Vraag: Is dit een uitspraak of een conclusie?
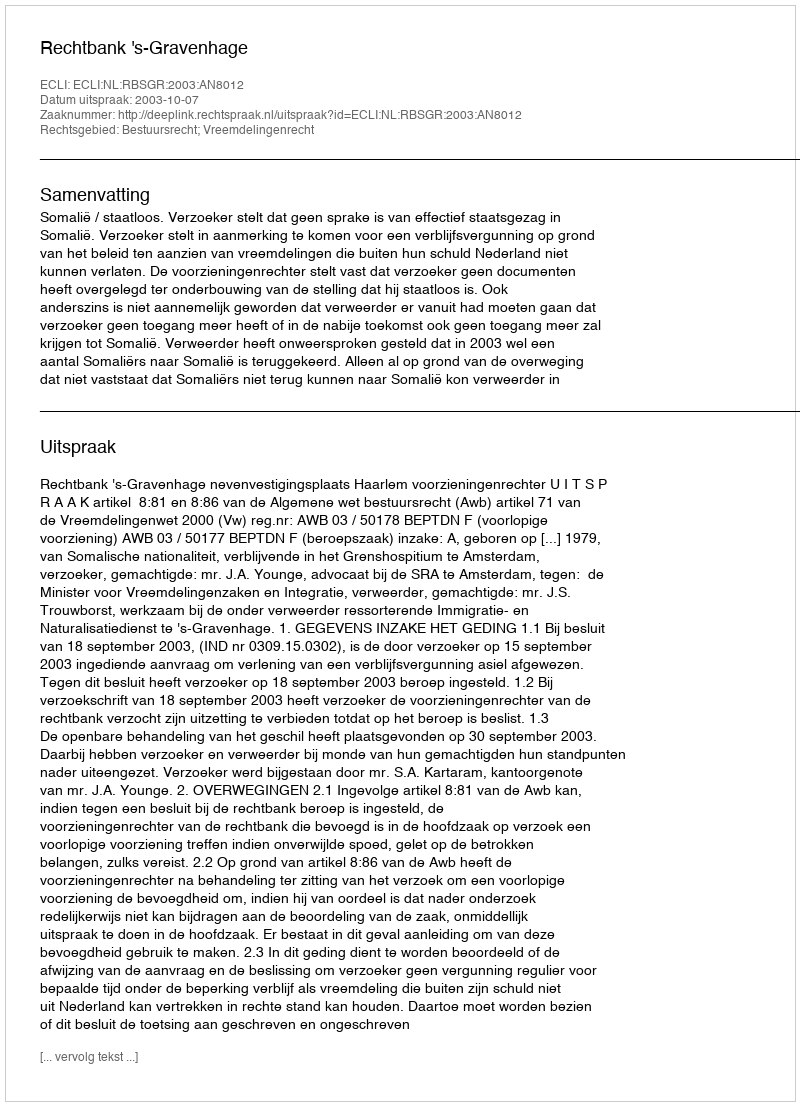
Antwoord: Uitspraak